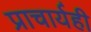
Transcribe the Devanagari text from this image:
प्राचार्यही